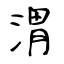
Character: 渭